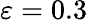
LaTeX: \varepsilon=0.3